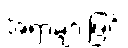
အရာများဖြင့်